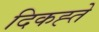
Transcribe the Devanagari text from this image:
दिकह्ते